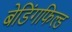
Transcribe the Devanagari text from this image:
बेडिंगफिल्ड